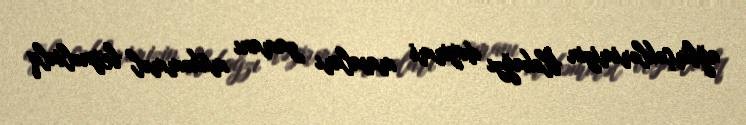
ağbirçəklərimizin blokağzı dəyirmi masaları zamanı mükəmməl beynəlxalq